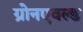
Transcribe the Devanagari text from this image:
ग्रोनएवल्ड